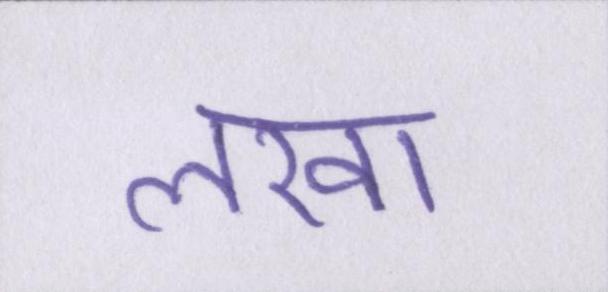
लखा